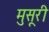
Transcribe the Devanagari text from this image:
मुसूरी